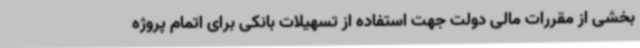
بخشی از مقررات مالی دولت جهت استفاده از تسهیلات بانکی برای اتمام پروژه